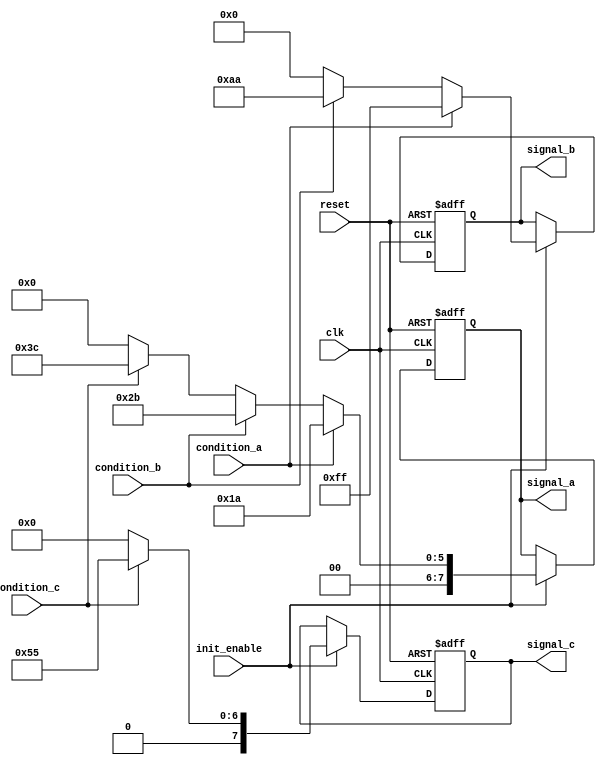
module ConditionalInitialization (
    input wire clk,                // Clock signal
    input wire reset,              // Reset signal
    input wire init_enable,        // Control signal for initialization
    input wire condition_a,        // First condition signal
    input wire condition_b,        // Second condition signal
    input wire condition_c,        // Third condition signal
    output reg [7:0] signal_a,     // Output initialized signal A
    output reg [7:0] signal_b,     // Output initialized signal B
    output reg [7:0] signal_c      // Output initialized signal C
);

    // Initialize output signals
    always @(posedge clk or posedge reset) begin
        if (reset) begin
            // Reset behavior: clear output signals
            signal_a <= 8'b0;
            signal_b <= 8'b0;
            signal_c <= 8'b0;
        end else if (init_enable) begin
            // Conditional initialization based on input conditions
            if (condition_a) begin
                signal_a <= 8'h1A;  // Assign value to signal_a if condition_a is true
            end else if (condition_b) begin
                signal_a <= 8'h2B;  // Assign value to signal_a if condition_b is true
            end else if (condition_c) begin
                signal_a <= 8'h3C;  // Assign value to signal_a if condition_c is true
            end else begin
                signal_a <= 8'h00;  // Default value if no condition is met
            end

            // Initialize signal_b based on a different condition
            if (condition_a) begin
                signal_b <= 8'hFF;  // Assign value to signal_b if condition_a is true
            end else if (condition_b) begin
                signal_b <= 8'hAA;  // Assign value to signal_b if condition_b is true
            end else begin
                signal_b <= 8'h00;  // Default value if no condition is met
            end

            // Initialize signal_c based on another condition
            if (condition_c) begin
                signal_c <= 8'h55;  // Assign value to signal_c if condition_c is true
            end else begin
                signal_c <= 8'h00;  // Default value if no condition is met
            end
        end
    end

endmodule